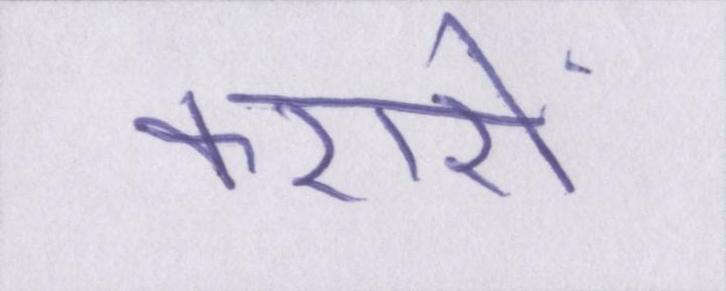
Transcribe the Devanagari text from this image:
करारों